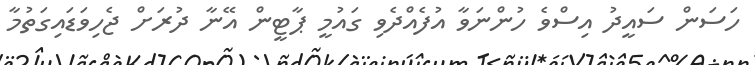
ހަސަން ސައީދު އިސްވެ ހުންނަވާ އުފެއްދެވި ގައުމީ ޕާޓީން އޭނާ ދުރަށް ޖެހިވަޑައިގަތުމާ